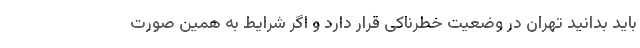
باید بدانید تهران در وضعیت خطرناکی قرار دارد و اگر شرایط به همین صورت